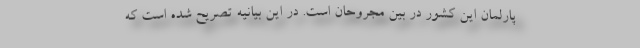
پارلمان این کشور در بین مجروحان است. در این بیانیه تصریح شده است که